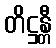
တိဋ္ဌန္တီ